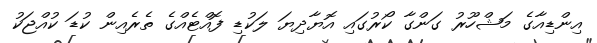
އިންޑިއާގެ މަޝްހޫރު ގަންގާ ކޯރުގައި އޮޔާދިޔަ ލަކުޑި ފޮއްޓެއްގެ ތެރެއިން ކުޑަ ކުއްޖަކު